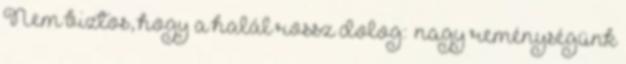
Nem biztos, hogy a halál rossz dolog: „nagy reménységünk